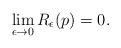
LaTeX: \begin{align*}\lim_{\epsilon\to0} R_\epsilon(p) = 0 .\end{align*}